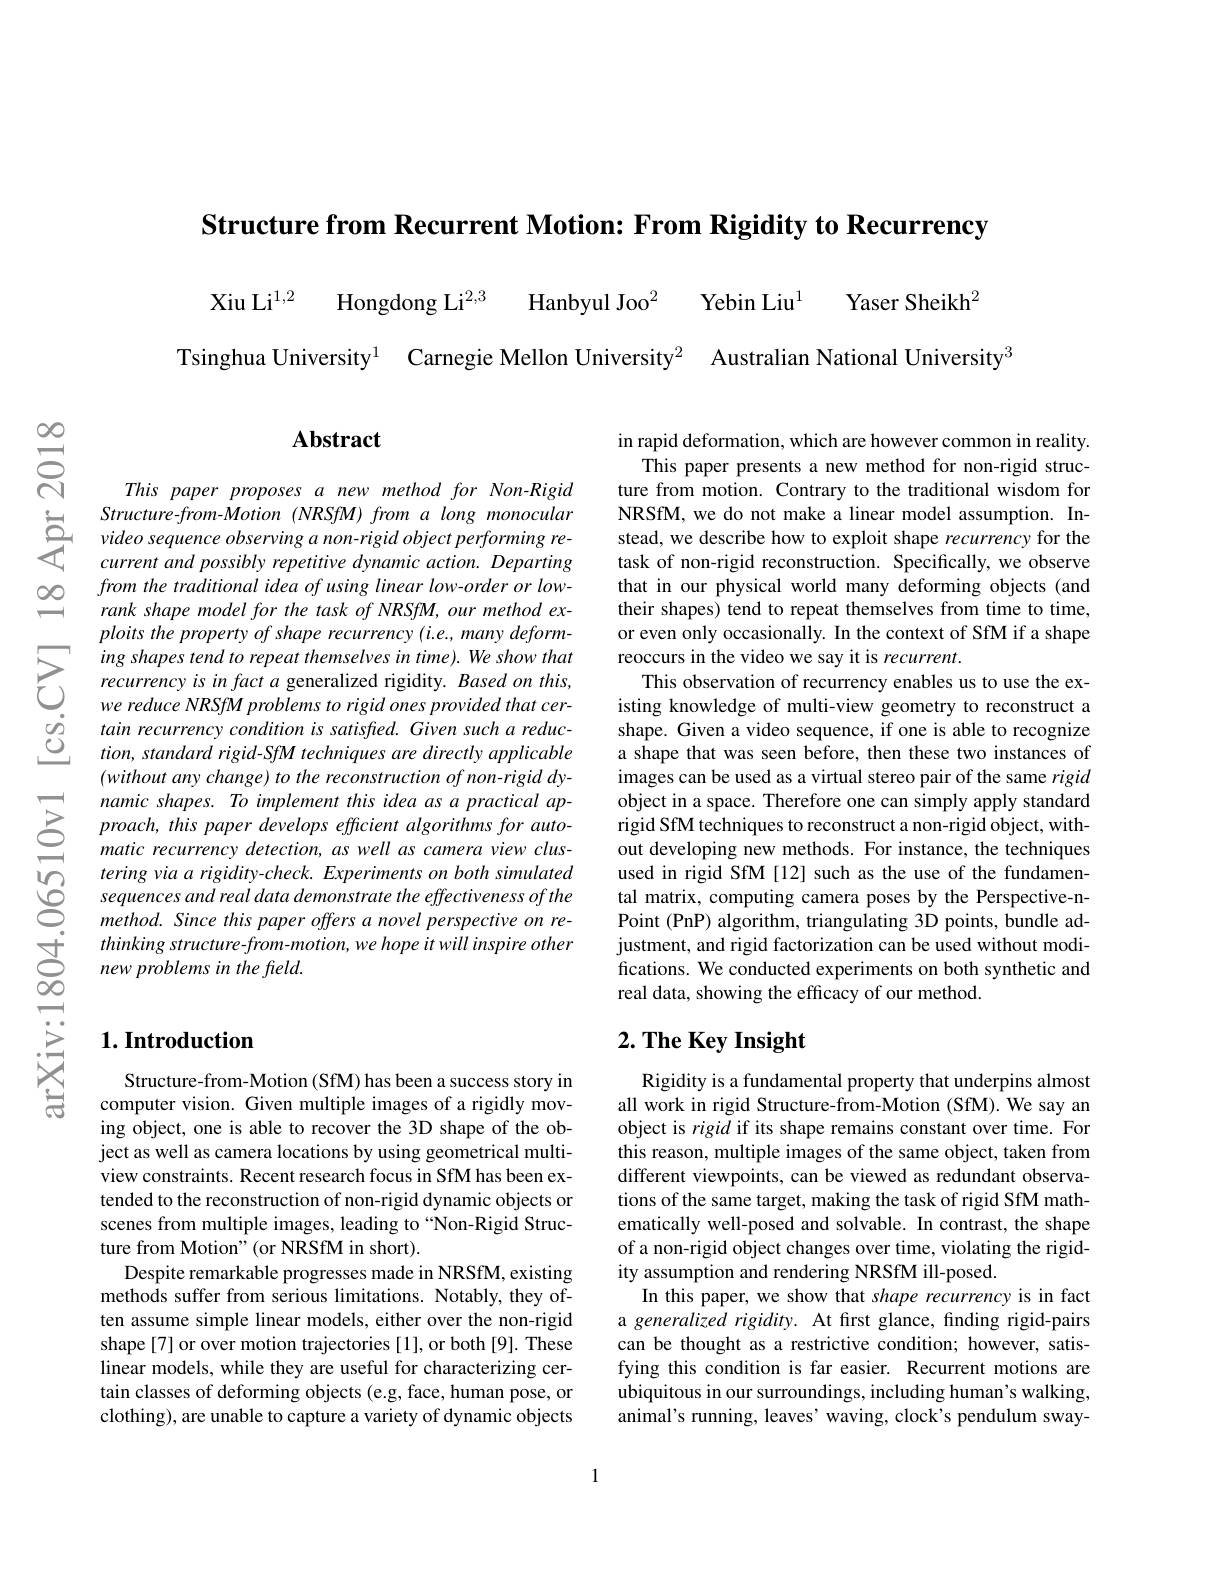
Structure from Recurrent Motion: From Rigidity to Recurrency

Xiu Li$^{1,2}$

Hanbyul Joo$^{2}$

Hongdong Li$^{2,3}$

Tsinghua University$^{1}$

Carnegie Mellon University$^2$

Yebin Liu$^1$

Yaser Sheikh$^2$

Australian National University3

$స్సి$

## $\mathbf{Abstract}$

This paper proposes a new method for Non-Rigid
Structure- from- Motion ( NRSfM) from a long monocular Structure- from- Motion ( NRSfM) from a long monocular video sequence observing a non- rigid object performing re- current and possibly repetitive dynamic action. Departing
from the traditional idea of using linear low-order or lowrank shape model for the task of NRSfM, our method exploits the property of shape recurrency (i.e., many deforming shapes tend to repeat themselves in time). We show that recurrency is in fact a generalized rigidity. Based on this, we reduce NRSfM problems to rigid ones provided that certain recurrency condition is satisfied. Given such a reduction, standard rigid-SfM techniques are directly applicable $(without$ any change) to the reconstruction of non-rigid dynamic shapes. To implement this idea as a practical approach, this paper develops efficient algorithms for automatic recurrency detection, as well as camera view clus-
tering via a rigidity- check. Experiments on both simulated $\textcircled {\circ }$sequences and real data demonstrate the effectiveness of the method. Since this paper offers a novel perspective on re- $\begin{array}{ll}{\textcircled{1}}&{thinking~structure-from-motion,we~}\end{array}$

## $1. \textbf{Introduction}$

Structure-from-Motion (SfM) has been a success story in computer vision. Given multiple images of a rigidly moving object, one is able to recover the 3D shape of the object as well as camera locations by using geometrical multiview constraints. Recent research focus in SfM has been extended to the reconstruction of non-rigid dynamic objects or scenes from multiple images, leading to“Non-Rigid Structure from Motion" (or NRSfM in short).
Despite remarkable progresses made in NRSfM, existing methods suffer from serious limitations. Notably, they often assume simple linear models, either over the non-rigid shape[7] or over motion trajectories [1], or both [9]. These linear models, while they are useful for characterizing certain classes of deforming objects (e.g, face, human pose, or clothing), are unable to capture a variety of dynamic objects

in rapid deformation, which are however common in reality.
This paper presents a new method for non-rigid structure from motion. Contrary to the traditional wisdom for NRSfM, we do not make a linear model assumption. Instead, we describe how to exploit shape recurrency for the task of non-rigid reconstruction. Specifically, we observe that in our physical world many deforming objects (and their shapes) tend to repeat themselves from time to time, or even only occasionally. In the context of SfM if a shape reoccurs in the video we say it is recurrent.
This observation of recurrency enables us to use the existing knowledge of multi-view geometry to reconstruct a shape. Given a video sequence, if one is able to recognize a shape that was seen before, then these two instances of images can be used as a virtual stereo pair of the same rigid object in a space. Therefore one can simply apply standard rigid SfM techniques to reconstruct a non-rigid object, without developing new methods. For instance, the techniques used in rigid SfM [12] such as the use of the fundamental matrix, computing camera poses by the Perspective-nPoint (PnP) algorithm, triangulating 3D points, bundle adjustment, and rigid factorization can be used without modifications. We conducted experiments on both synthetic and real data, showing the efficacy of our method.

# 2. The Key Insight

Rigidity is a fundamental property that underpins almost all work in rigid Structure-from-Motion (SfM). We say an object is rigid if its shape remains constant over time. For this reason, multiple images of the same object, taken from different viewpoints, can be viewed as redundant observations of the same target, making the task of rigid SfM mathematically well-posed and solvable. In contrast, the shape of a non-rigid object changes over time, violating the rigidity assumption and rendering NRSfM ill-posed.
In this paper, we show that shape recurrency is in fact a generalized rigidity. At first glance, finding rigid-pairs can be thought as a restrictive condition; however, satisfying this condition is far easier. Recurrent motions are ubiquitous in our surroundings, including human's walking, animal's running, leaves' waving, clock's pendulum sway-

1